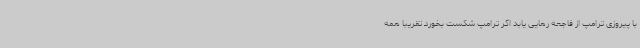
با پیروزی ترامپ از فاجعه رهایی یابد اگر ترامپ شکست بخورد تقریبا همه